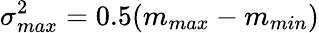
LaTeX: \sigma_{max}^{2}=0.5(m_{max}-m_{min})